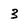
Character: 3